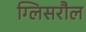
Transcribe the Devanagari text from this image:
ग्लिसरौल